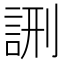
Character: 𮘉